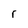
Character: r